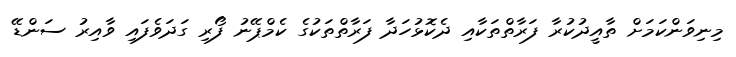
މިނިވަންކަމަށް ތާއީދުކުރާ ފަރާތްތަކާއި ދެކޮޅުހަދާ ފަރާތްތަކުގެ ކެމްޕޭނު ފޯރި ގަދަވެފައި ވާއިރު ސަންޑޭ